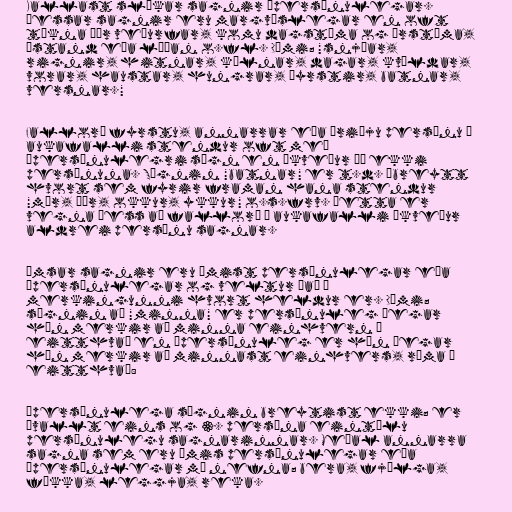
Kallast slíkar sagnir ópersónulegar.
Þessar sagnir eru margvíslegar en oft
tákna þær veðurfar, komu dagstíma og árstíma,
ástand eða líðan o.fl. Dæmi; "snjóar,
rignir, hitnar, kólnar, dagar, kvöldar,
vorar, haustar, hungrar, þyrstir, batnar,
versnar."

Fallorð fyrstu, annarrar eða þriðju persónu í
aukafalli stendur oft með
ópersónulegri sögn en ákveður þó ekki
persónuna. Sögnin "batnar" er t.d. óbreytt
hvort sem fyrir framan hana stendur
"mér, þér, okkur, ykkur" o.s.frv. Þetta er
vegna þess að fallorð í aukafalli ákveður
aldrei persónu sagnar.

Ýmsar sagnir eru ýmist persónulegar eða
ópersónulegar og veltur það á
merkingunni hvort heldur er. Dæmi;
sögnin að "minna" er persónuleg þegar
hún merkir að minna einhvern á
eitthvað en ópersónuleg er hún þegar
hún merkir að minnast einhvers, ráma í
eitthvað:

Ópersónulega sögnin breytist ekki; er
ávallt eins og 3. persóna eintölu
persónulegu sagnarinnar. Meðal annarra
sagna sem eru ýmis persónulegar eða
ópersónulegar má nefna; bera, fjölga,
fækka, leggja, reka.